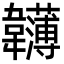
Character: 𩏵